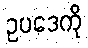
ဥပဒေကို